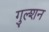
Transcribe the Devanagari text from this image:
गुल्शन